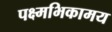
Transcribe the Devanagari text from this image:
पक्ष्मभिकामय